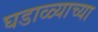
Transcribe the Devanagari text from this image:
घडाळ्याच्या